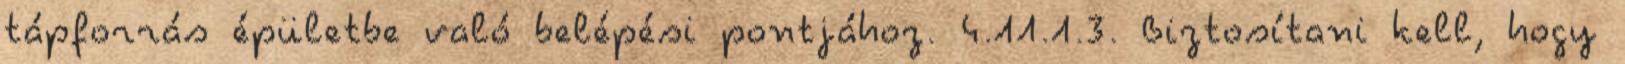
tápforrás épületbe való belépési pontjához. 4.11.1.3. Biztosítani kell, hogy